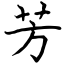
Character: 芳